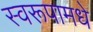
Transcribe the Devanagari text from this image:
स्वरूपामधे